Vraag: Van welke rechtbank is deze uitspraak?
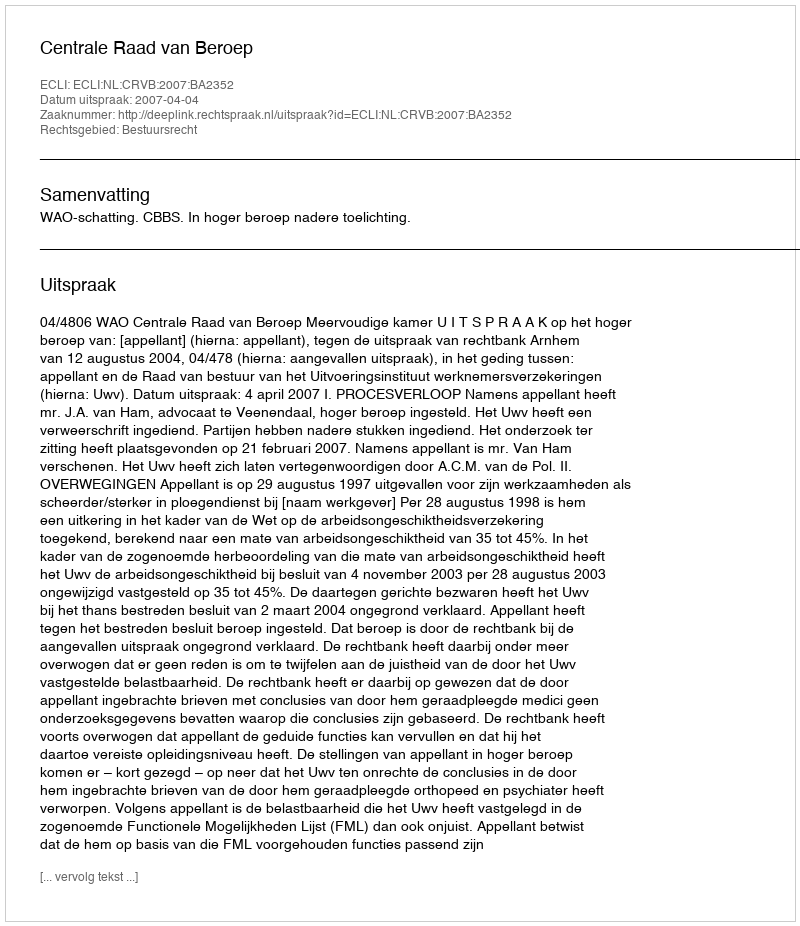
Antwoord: Centrale Raad van Beroep